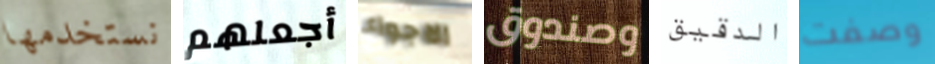
نستخدمها أجعلهم الاجواء وصندوق الدقيق وصفت